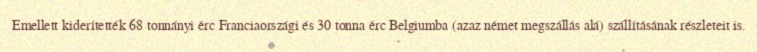
Emellett kiderítették 68 tonnányi érc Franciaországi és 30 tonna érc Belgiumba (azaz német megszállás alá) szállításának részleteit is.